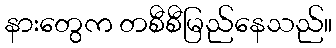
နားတွေက တစီစီမြည်နေသည်။